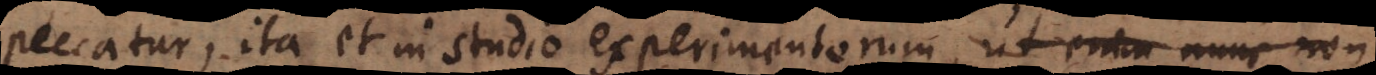
peccatur, ita et in studio experimentorum, ut enim nunc non